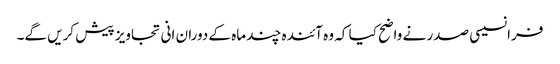
فرانسیسی صدر نے واضح کیا کہ وہ آئندہ چند ماہ کے دوران انی تجاویز پیش کریں گے۔